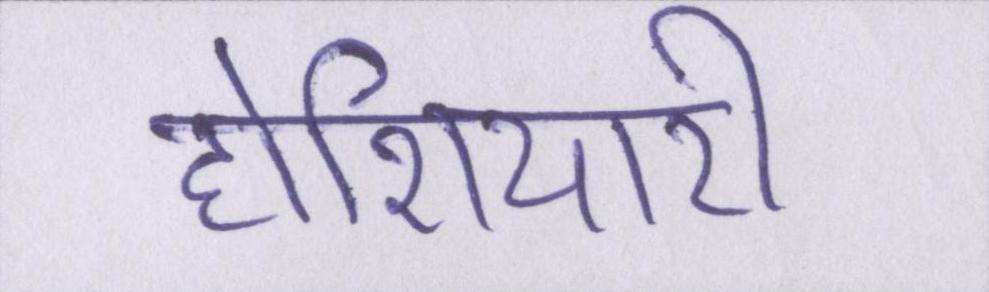
होशियारी